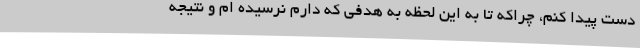
دست پیدا کنم، چراکه تا به این لحظه به هدفی که دارم نرسیده ام و نتیجه